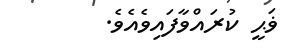
ޥަޙީ ކުރައްވާފައިވެއެވެ.